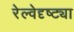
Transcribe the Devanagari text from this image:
रेल्वेदृष्ट्या